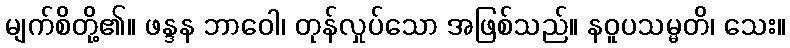
မျက်စိတို့၏။ ဖန္ဒန ဘာဝေါ၊ တုန်လှုပ်သော အဖြစ်သည်။ နဝူပသမ္မတိ၊ သေး။